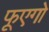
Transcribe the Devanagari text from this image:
फूएगो